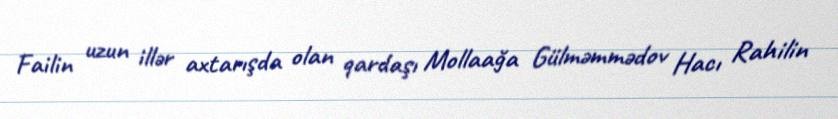
Failin uzun illər axtarışda olan qardaşı Mollaağa Gülməmmədov Hacı Rahilin